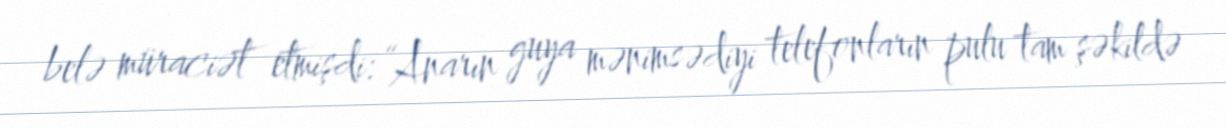
belə müraciət etmişdi: “Anarın guya mənimsədiyi telefonların pulu tam şəkildə